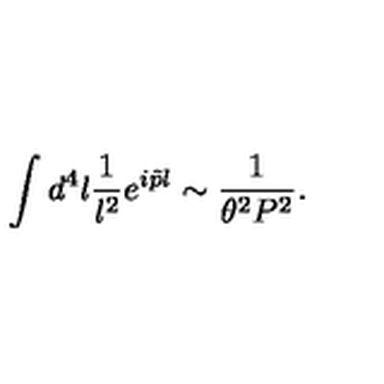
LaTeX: \int d ^ { 4 } l { \frac { 1 } { l ^ { 2 } } } e ^ { i \tilde { p } l } \sim { \frac { 1 } { \theta ^ { 2 } P ^ { 2 } } } .